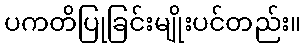
ပကတိပြုခြင်းမျိုးပင်တည်း။